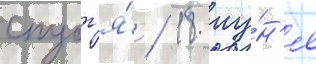
спуст'я́ / 18 иу́н'я